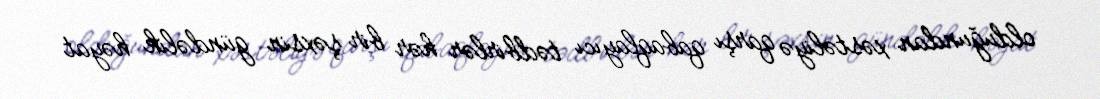
olduğundan xəstəliyə qarşı qabaqlayıcı tədbirlər hər bir şəxsin gündəlik həyat